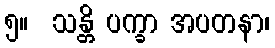
၅။  သန္တိ ပက္ခာ အပတနာ၊